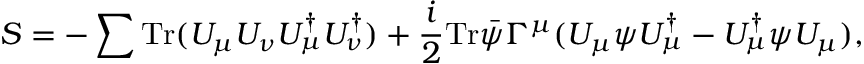
S = - \sum { \mathrm { T r } ( { { U } _ { \mu } { U } _ { \nu } { U } _ { \mu } ^ { \dagger } { U } _ { \nu } ^ { \dagger } } ) } + \frac { i } { 2 } \mathrm { T r } { { \bar { \psi } } { \Gamma ^ { \mu } } ( U _ { \mu } \psi U _ { \mu } ^ { \dagger } - U _ { \mu } ^ { \dagger } \psi U _ { \mu } ) } ,